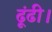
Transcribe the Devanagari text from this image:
ढूंढी।